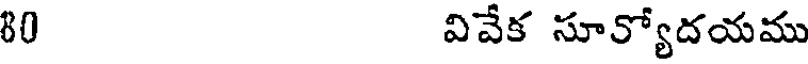
80 వివేక సూక్యోదయము